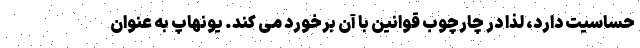
حساسیت دارد، لذا در چارچوب قوانین با آن برخورد می کند. یونهاپ به عنوان